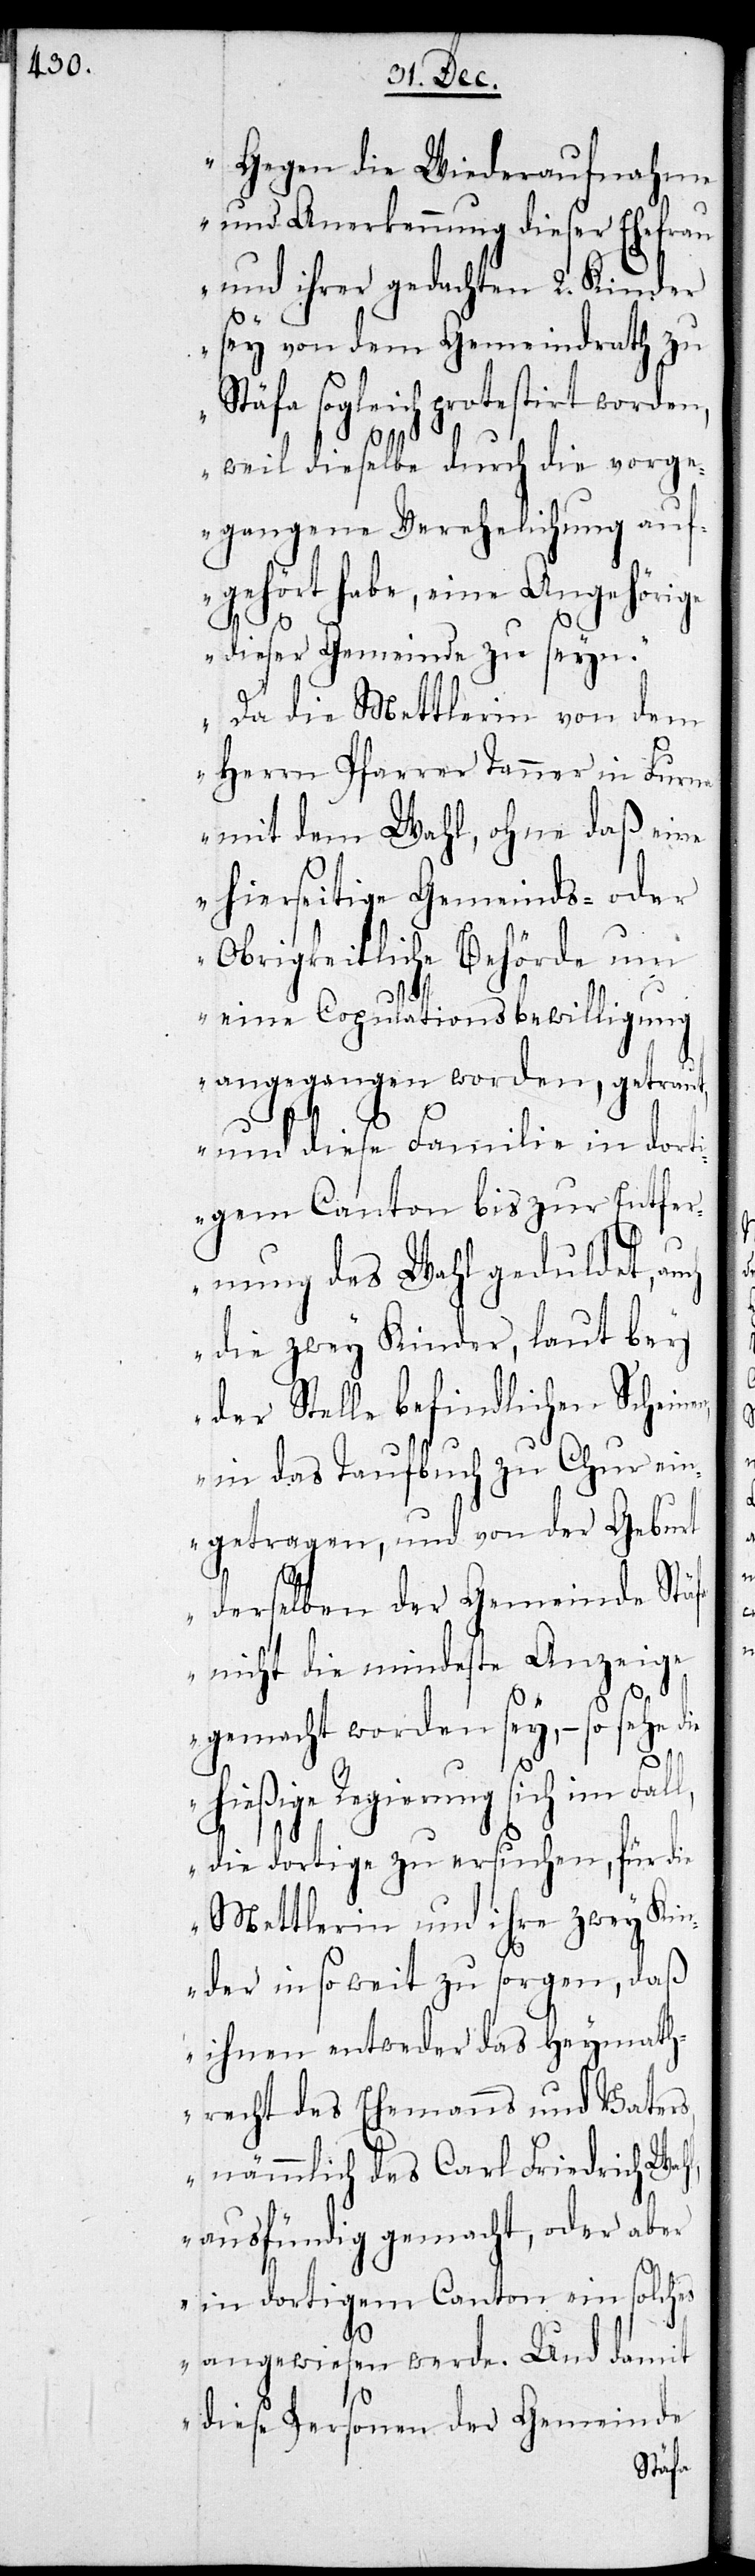
Gegen die Wiederaufnahme
und Anerkennung dieser Ehefrau
und ihrer gedachten 2. Kinder
sey von dem Gemeindrath zu
Stäfa sogleich protestirt worden,
weil dieselbe durch die vorge¬
gangene Verehelichung auf¬
gehört habe, eine Angehörige
dieser Gemeinde zu seyn.
Da die Mettlerin von dem
Herrn Pfarrer Tanner in Furn¬
a mit dem Wahl, ohne daß eine
hierseitige Gemeinds- oder
Obrigkeitliche Behörde um
eine Copulationsbewilligung
angegangen worden, getraut,
und diese Familie in dort¬
igem Canton bis zur Entfer¬
nung des Wahl geduldet, au¬
die zwey Kinder, laut bey
der Stelle befindlichen Schein¬
in das Taufbuch zu Chur ein¬
getragen, und von der Geburt
derselben der Gemeinde Stäfa
nicht die mindeste Anzeige
gemacht worden sey, – so setze d¬
l,
hießige Regierung sich im Fall,
die dortige zu ersuchen, für die
Mettlerin und ihre zwey Kin¬
der in so weit zu sorgen, daß
ihnen entweder das Heymath¬
recht des Ehemanns und Vater¬
s, nämlich des Carl Friedrich Wah¬
ausfündig gemacht, oder aber
in dortigem Canton ein solches
angewiesen werde. Und damit
diese Personen der Gemeinde